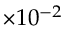
\times 1 0 ^ { - 2 }